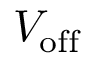
V _ { \mathrm { o f f } }